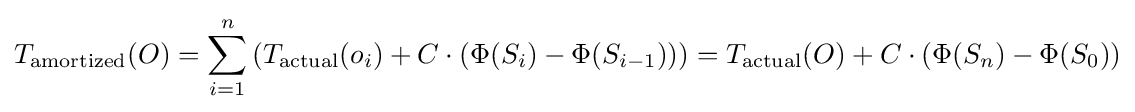
T_{\mathrm {amortized} }(O)=\sum _{i=1}^{n}\left(T_{\mathrm {actual} }(o_{i})+C\cdot (\Phi (S_{i})-\Phi (S_{i-1}))\right)=T_{\mathrm {actual} }(O)+C\cdot (\Phi (S_{n})-\Phi (S_{0}))